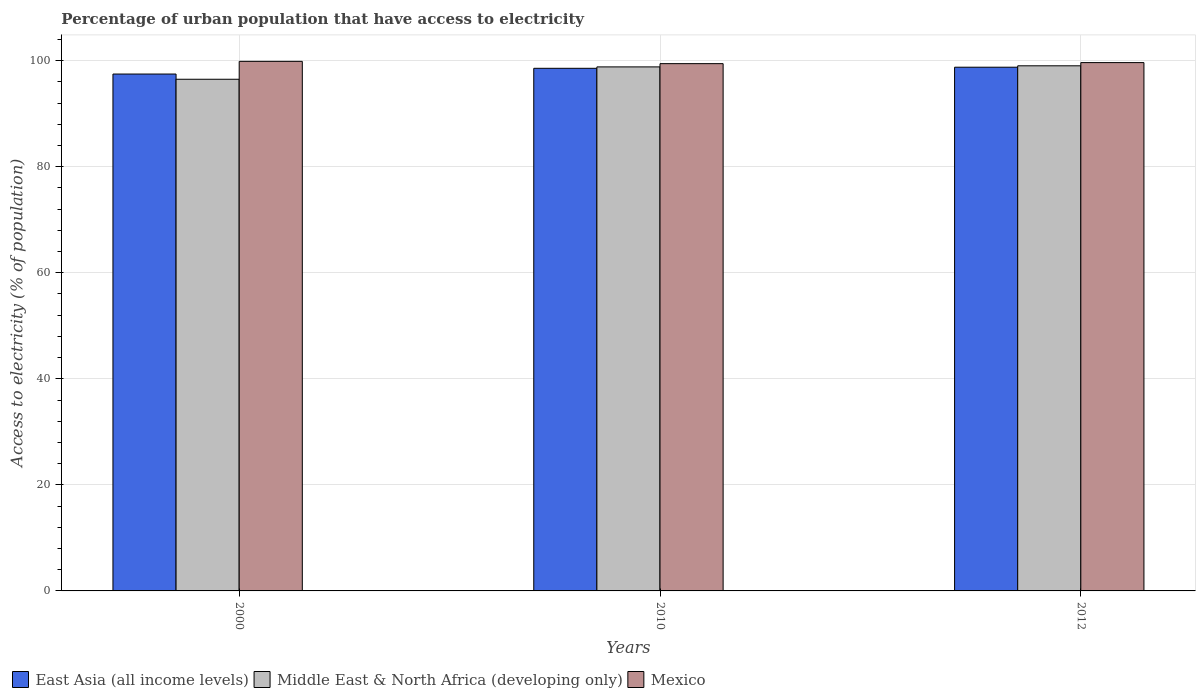
| Years | East Asia (all income levels) | Middle East & North Africa (developing only) | Mexico |
 | --- | --- | --- | --- |
 | 2000 | 97.5 | 96.5 | 99.9 |
 | 2010 | 98.5 | 98.8 | 99.4 |
 | 2012 | 98.8 | 99 | 99.6 |